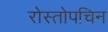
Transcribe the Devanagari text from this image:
रोस्तोपचिन